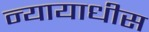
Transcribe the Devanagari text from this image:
न्यायाधीस